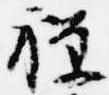
禅